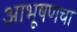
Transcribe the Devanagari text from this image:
आभूषणचा